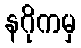
နဂိုကမှ